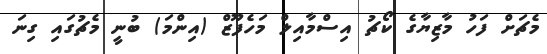
މެޗަށް ފަހު މާޒިޔާގެ ކޯޗު އިސްމާއިލް މަހެފޫޒް (އިންމަ) ބުނީ މެޗުގައި ގިނަ